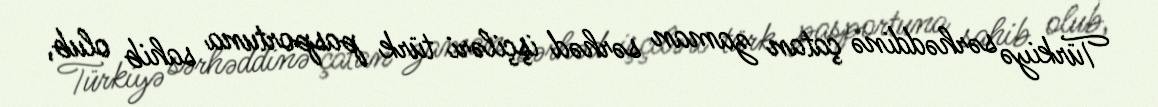
Türkiyə sərhəddinə çatan zaman sərhəd işçiləri türk pasportuna sahib olub,